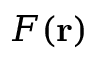
F ( \mathbf { r } )